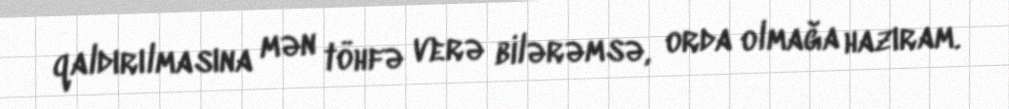
qaldırılmasına mən töhfə verə bilərəmsə, orda olmağa hazıram.